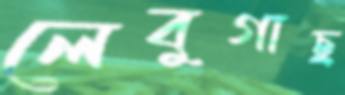
লেবুগাছ